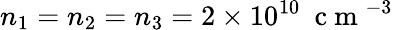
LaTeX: n_{1}=n_{2}=n_{3}=2\times 10^{10}~\mathrm{~c~m~}^{-3}